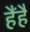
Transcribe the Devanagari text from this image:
हैंहै